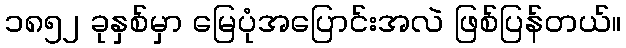
၁၈၅၂ ခုနှစ်မှာ မြေပုံအပြောင်းအလဲ ဖြစ်ပြန်တယ်။